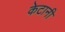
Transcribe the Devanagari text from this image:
केटानी